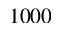
1 0 0 0